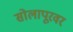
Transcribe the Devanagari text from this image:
सोलापूरवर